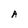
Character: A